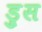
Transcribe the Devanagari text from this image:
ड्रुस